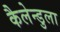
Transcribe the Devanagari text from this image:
कैलेन्डुला